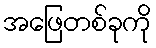
အဖြေတစ်ခုကို